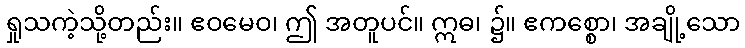
ရှုသကဲ့သို့တည်း။ ဧဝမေဝ၊ ဤ အတူပင်။ ဣဓ၊ ၌။ ဧကစ္စော၊ အချို့သော